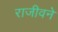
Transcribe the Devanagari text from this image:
राजीवने